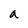
Character: a